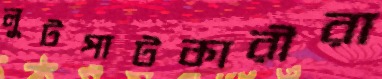
লুটপাটকারীরা